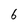
Character: 6